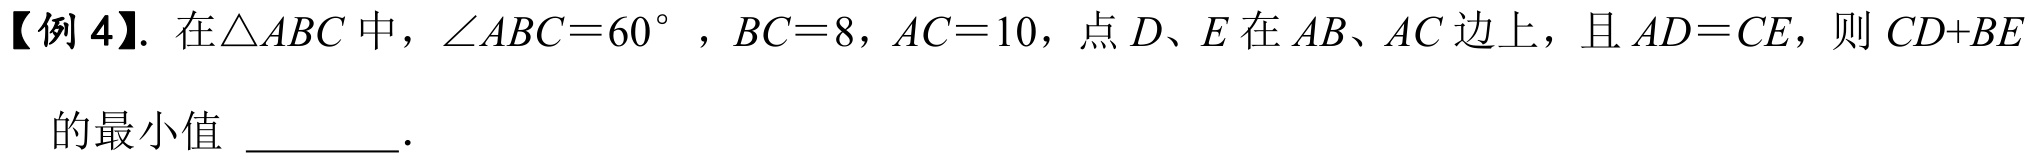
【例 4】. 在$\triangle ABC$中，$\angle ABC = 60^{\circ}$，$BC = 8$，$AC = 10$，点$D、E$在$AB、AC$边上，且$AD = CE$，则$CD + BE$的最小值  .